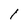
Character: l